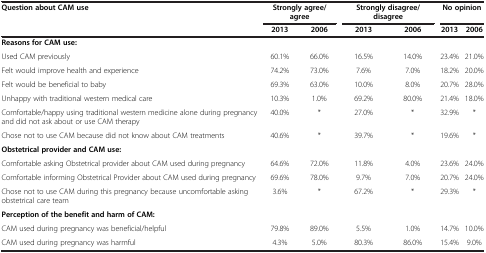
<table><thead><tr><td><b>Question about CAM use</b></td><td colspan="2"><b>Strongly agree/agree</b></td><td colspan="2"><b>Strongly disagree/disagree</b></td><td colspan="2"><b>No opinion</b></td></tr><tr><td><b> </b></td><td><b>2013</b></td><td><b>2006</b></td><td><b>2013</b></td><td><b>2006</b></td><td><b>2013</b></td><td><b>2006</b></td></tr></thead><tbody><tr><td><b>Reasons for CAM use:</b></td><td> </td><td> </td><td> </td><td> </td><td> </td><td> </td></tr><tr><td>Used CAM previously</td><td>60.1%</td><td>66.0%</td><td>16.5%</td><td>14.0%</td><td>23.4%</td><td>21.0%</td></tr><tr><td>Felt would improve health and experience</td><td>74.2%</td><td>73.0%</td><td>7.6%</td><td>7.0%</td><td>18.2%</td><td>20.0%</td></tr><tr><td>Felt would be beneficial to baby</td><td>69.3%</td><td>63.0%</td><td>10.0%</td><td>8.0%</td><td>20.7%</td><td>28.0%</td></tr><tr><td>Unhappy with traditional western medical care</td><td>10.3%</td><td>1.0%</td><td>69.2%</td><td>80.0%</td><td>21.4%</td><td>18.0%</td></tr><tr><td>Comfortable/happy using traditional western medicine alone during pregnancy and did not ask about or use CAM therapy</td><td>40.0%</td><td>*</td><td>27.0%</td><td>*</td><td>32.9%</td><td>*</td></tr><tr><td>Chose not to use CAM because did not know about CAM treatments</td><td>40.6%</td><td>*</td><td>39.7%</td><td>*</td><td>19.6%</td><td>*</td></tr><tr><td colspan="3"><b>Obstetrical provider and CAM use:</b></td><td> </td><td> </td><td> </td><td> </td></tr><tr><td>Comfortable asking Obstetrical provider about CAM used during pregnancy</td><td>64.6%</td><td>72.0%</td><td>11.8%</td><td>4.0%</td><td>23.6%</td><td>24.0%</td></tr><tr><td>Comfortable informing Obstetrical Provider about CAM used during pregnancy</td><td>69.6%</td><td>78.0%</td><td>9.7%</td><td>7.0%</td><td>20.7%</td><td>24.0%</td></tr><tr><td>Chose not to use CAM during this pregnancy because uncomfortable asking obstetrical care team</td><td>3.6%</td><td>*</td><td>67.2%</td><td>*</td><td>29.3%</td><td>*</td></tr><tr><td colspan="4"><b>Perception of the benefit and harm of CAM:</b></td><td> </td><td> </td><td> </td></tr><tr><td>CAM used during pregnancy was beneficial/helpful</td><td>79.8%</td><td>89.0%</td><td>5.5%</td><td>1.0%</td><td>14.7%</td><td>10.0%</td></tr><tr><td>CAM used during pregnancy was harmful</td><td>4.3%</td><td>5.0%</td><td>80.3%</td><td>86.0%</td><td>15.4%</td><td>9.0%</td></tr></tbody></table>